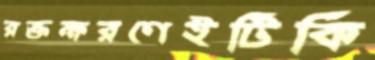
রক্তক্ষরণেইটিকি